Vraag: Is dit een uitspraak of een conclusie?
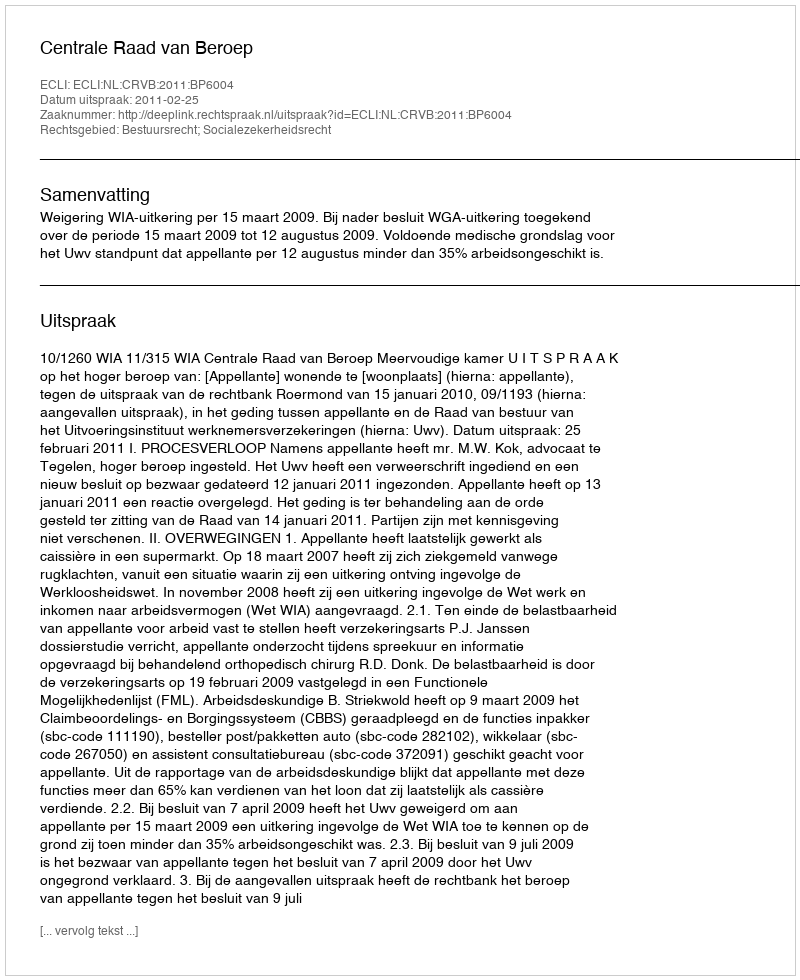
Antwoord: Uitspraak